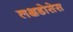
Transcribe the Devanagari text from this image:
लक्षडोसेस